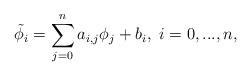
LaTeX: \begin{align*} \tilde{\phi}_i=\sum_{j=0}^na_{i,j}\phi_j+b_i,~i=0,...,n, \end{align*}